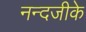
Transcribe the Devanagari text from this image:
नन्दजीके